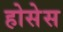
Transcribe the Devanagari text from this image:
होसेस